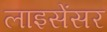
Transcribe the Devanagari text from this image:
लाइसेंसर